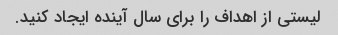
لیستی از اهداف را برای سال آینده ایجاد کنید.